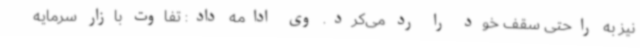
نیز به راحتی سقف خود را رد می‌کرد. وی ادامه داد: تفاوت بازار سرمایه